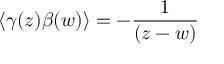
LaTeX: \left\langle \gamma ( z ) \beta ( w ) \right\rangle = - \frac 1 { ( z - w ) }